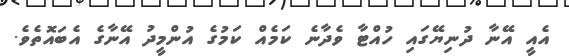
އެއީ އޭނާ ދުނިޔޭގައި ހުއްޓާ ވެދާނެ ކަމެއް ކަމުގެ އުންމީދު އޭނާގެ އެބައޮތެވެ.